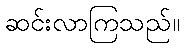
ဆင်းလာကြသည်။